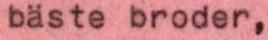
bäste broder,